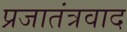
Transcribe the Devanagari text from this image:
प्रजातंत्रवाद